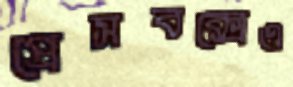
প্রেসবক্সেও